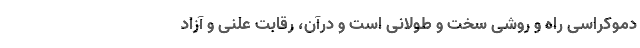
دموکراسی راه و روشی سخت و طولانی است و درآن، رقابتِ علنی و آزادِ